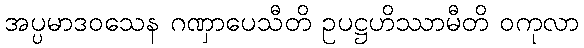
အပ္ပမာဒဝသေန ဂဏှာပေသီတိ ဥပဋ္ဌဟိဿာမီတိ ဝကုလာ